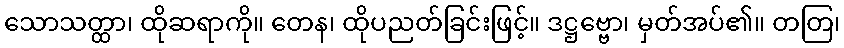
သောသတ္ထာ၊ ထိုဆရာကို။ တေန၊ ထိုပညတ်ခြင်းဖြင့်။ ဒဋ္ဌဗ္ဗော၊ မှတ်အပ်၏။ တတြ၊